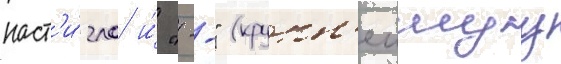
наст'и́гла и́ "--" (крупн'еишуу